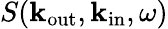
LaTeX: S({\mathbf k}_{\mathrm{out}},{\mathbf k}_{\mathrm{in}},\omega)